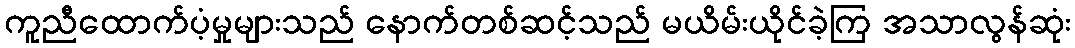
ကူညီထောက်ပံ့မှုများသည် နောက်တစ်ဆင့်သည် မယိမ်းယိုင်ခဲ့ကြ အသာလွန်ဆုံး